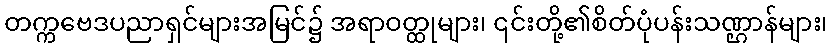
တက္ကဗေဒပညာရှင်များအမြင်၌ အရာဝတ္ထုများ၊ ၎င်းတို့၏စိတ်ပုံပန်းသဏ္ဌာန်များ၊